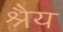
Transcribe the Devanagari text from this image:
श्रैय